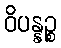
ဝိပန္နဉ္စ